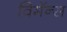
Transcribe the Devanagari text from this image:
विमॅन्स